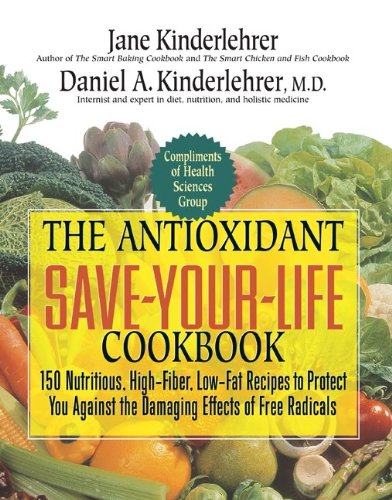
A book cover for The Antioxidant Save-Your-Life Cookbook: 150 Nutritious High-Fiber, Low-Fat Recipes to Protect Yourself Against the Damaging Effects of Free Radicals (Jane Kinderlehrer Smart Food Series); Jane Kinderlehrer; Health, Fitness & Dieting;